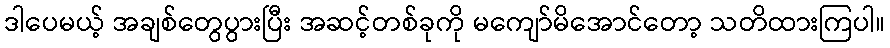
ဒါပေမယ့် အချစ်တွေပွားပြီး အဆင့်တစ်ခုကို မကျော်မိအောင်တော့ သတိထားကြပါ။